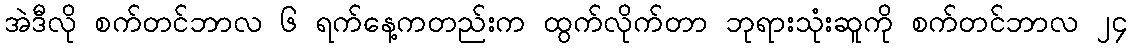
အဲဒီလို စက်တင်ဘာလ ၆ ရက်နေ့ကတည်းက ထွက်လိုက်တာ ဘုရားသုံးဆူကို စက်တင်ဘာလ ၂၄